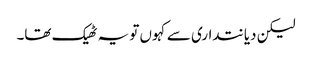
لیکن دیانتداری سے کہوں تو یہ ٹھیک تھا۔